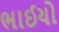
ભાઈયો